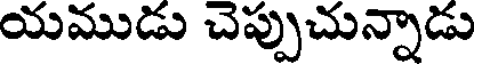
యముడు చెప్పుచున్నాడు